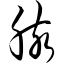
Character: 胲